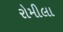
રોમીલા